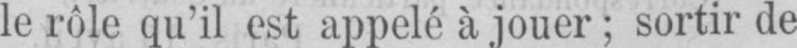
le rôle qu’il est appelé à jouer; sortir de